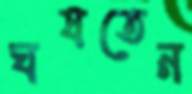
ঘষতেন